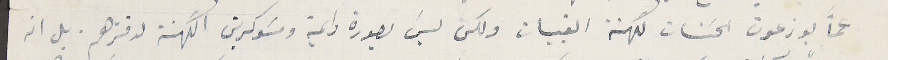
عمّا يوزعون الحسَنات لكهنة القبيات ولكن ليسَ بصورة دايمة ومسَوكرين الكهنة لدفترهم. بل انه